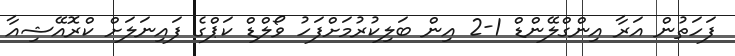
ފަހަތުން އަރާ އިންގްލޭންޑް 1-2 އިން ބަލިކުރުމަށްފަހު ވޯލްޑް ކަޕްގެ ފައިނަލަށް ކްރޮއޭޝިއާ